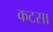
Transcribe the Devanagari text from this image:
कटसा